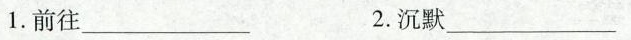
1.前往___ 2.沉默____